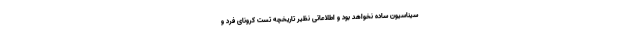
سیناسیون ساده نخواهد بود و اطلاعاتی نظیر تاریخچه تست کرونای فرد و